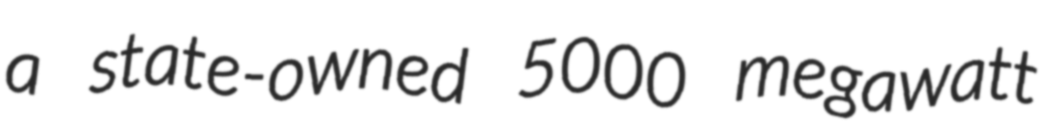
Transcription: a state-owned 5000 megawatt